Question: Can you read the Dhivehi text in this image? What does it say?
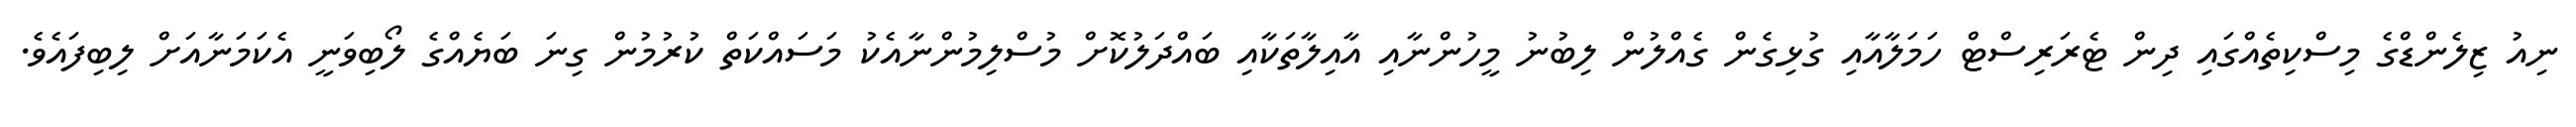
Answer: ނިއު ޒިލެންޑްގެ މިސްކިތެއްގައި ދިން ޓެރަރިސްޓް ހަމަލާއާއި ގުޅިގެން ގެއްލުން ލިބުނު މީހުންނާއި އާއިލާތަކާއި ބައްދަލުކޮށް މުސްލިމުންނާއެކު މަސައްކަތް ކުރުމުން ގިނަ ބަޔެއްގެ ލޯބިވަނީ އެކަމަނާއަށް ލިބިފައެވެ.